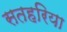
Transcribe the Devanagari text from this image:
सतहरिया